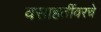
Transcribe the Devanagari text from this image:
वसाहतींवरचे